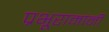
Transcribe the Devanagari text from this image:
प्रभूरामांनी